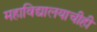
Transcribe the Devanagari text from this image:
महाविद्यालयाचीही